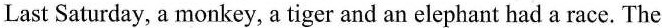
Last Saturday, a monkey, a tiger and an elephant had a race. The